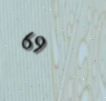
69